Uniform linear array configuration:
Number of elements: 48
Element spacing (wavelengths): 0.5
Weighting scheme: cosine
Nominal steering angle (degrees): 15
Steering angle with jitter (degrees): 13.534
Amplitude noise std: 0.05
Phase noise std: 0.05

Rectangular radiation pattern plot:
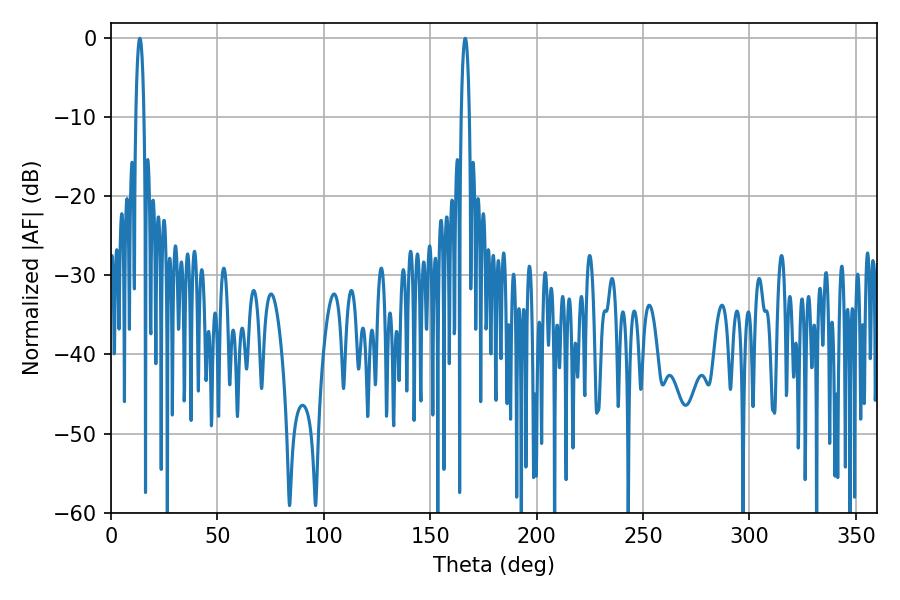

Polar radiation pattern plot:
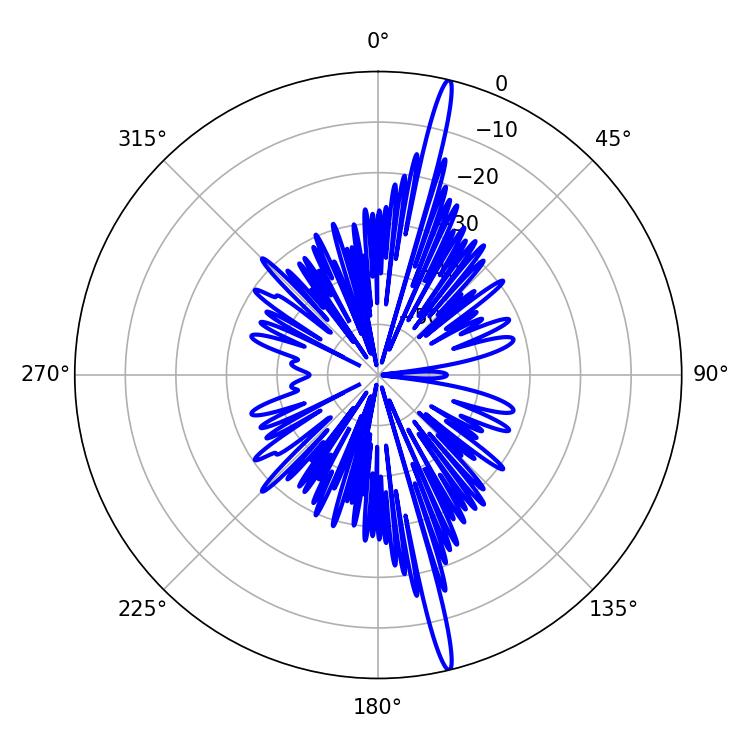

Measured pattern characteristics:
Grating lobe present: FALSE
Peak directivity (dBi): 19.942
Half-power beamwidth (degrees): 2.16
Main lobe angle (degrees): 166.5